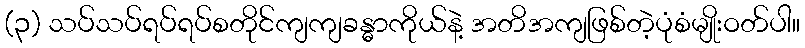
(၃) သပ်သပ်ရပ်ရပ်စတိုင်ကျကျခန္ဓာကိုယ်နဲ့ အတိအကျဖြစ်တဲ့ပုံစံမျိုးဝတ်ပါ။